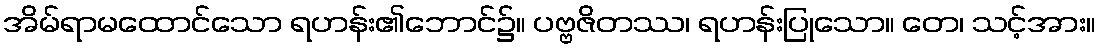
အိမ်ရာမထောင်သော ရဟန်း၏ဘောင်၌။ ပဗ္ဗဇိတဿ၊ ရဟန်းပြုသော။ တေ၊ သင့်အား။